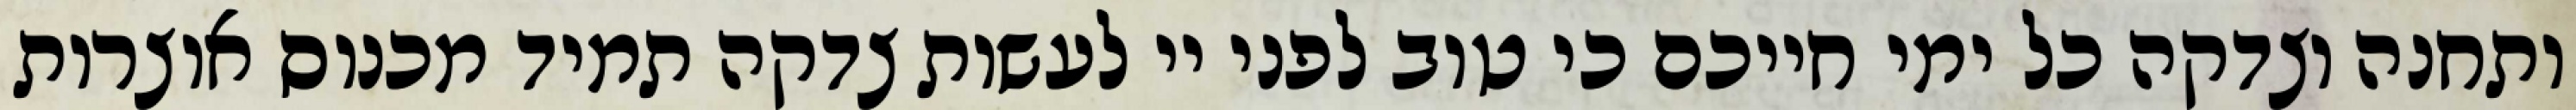
ותחנה וצדקה כל ימי חייכם כי טוב לפני יי לעשות צדקה תמיד מכנוס אוצרות